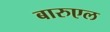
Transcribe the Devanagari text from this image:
बारुएल